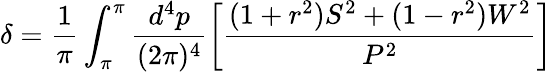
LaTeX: \delta=\frac{1}{\pi}\int_{\pi}^{\pi}\frac{d^{4}p}{(2\pi)^{4}}\left[\frac{(1+r^{2})S^{2}+(1-r^{2})W^{2}}{P^{2}}\right]